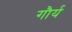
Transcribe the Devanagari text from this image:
गौर्य